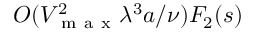
O ( V _ { \mathrm { ~ m ~ a ~ x ~ } } ^ { 2 } \lambda ^ { 3 } a / \nu ) F _ { 2 } ( s )